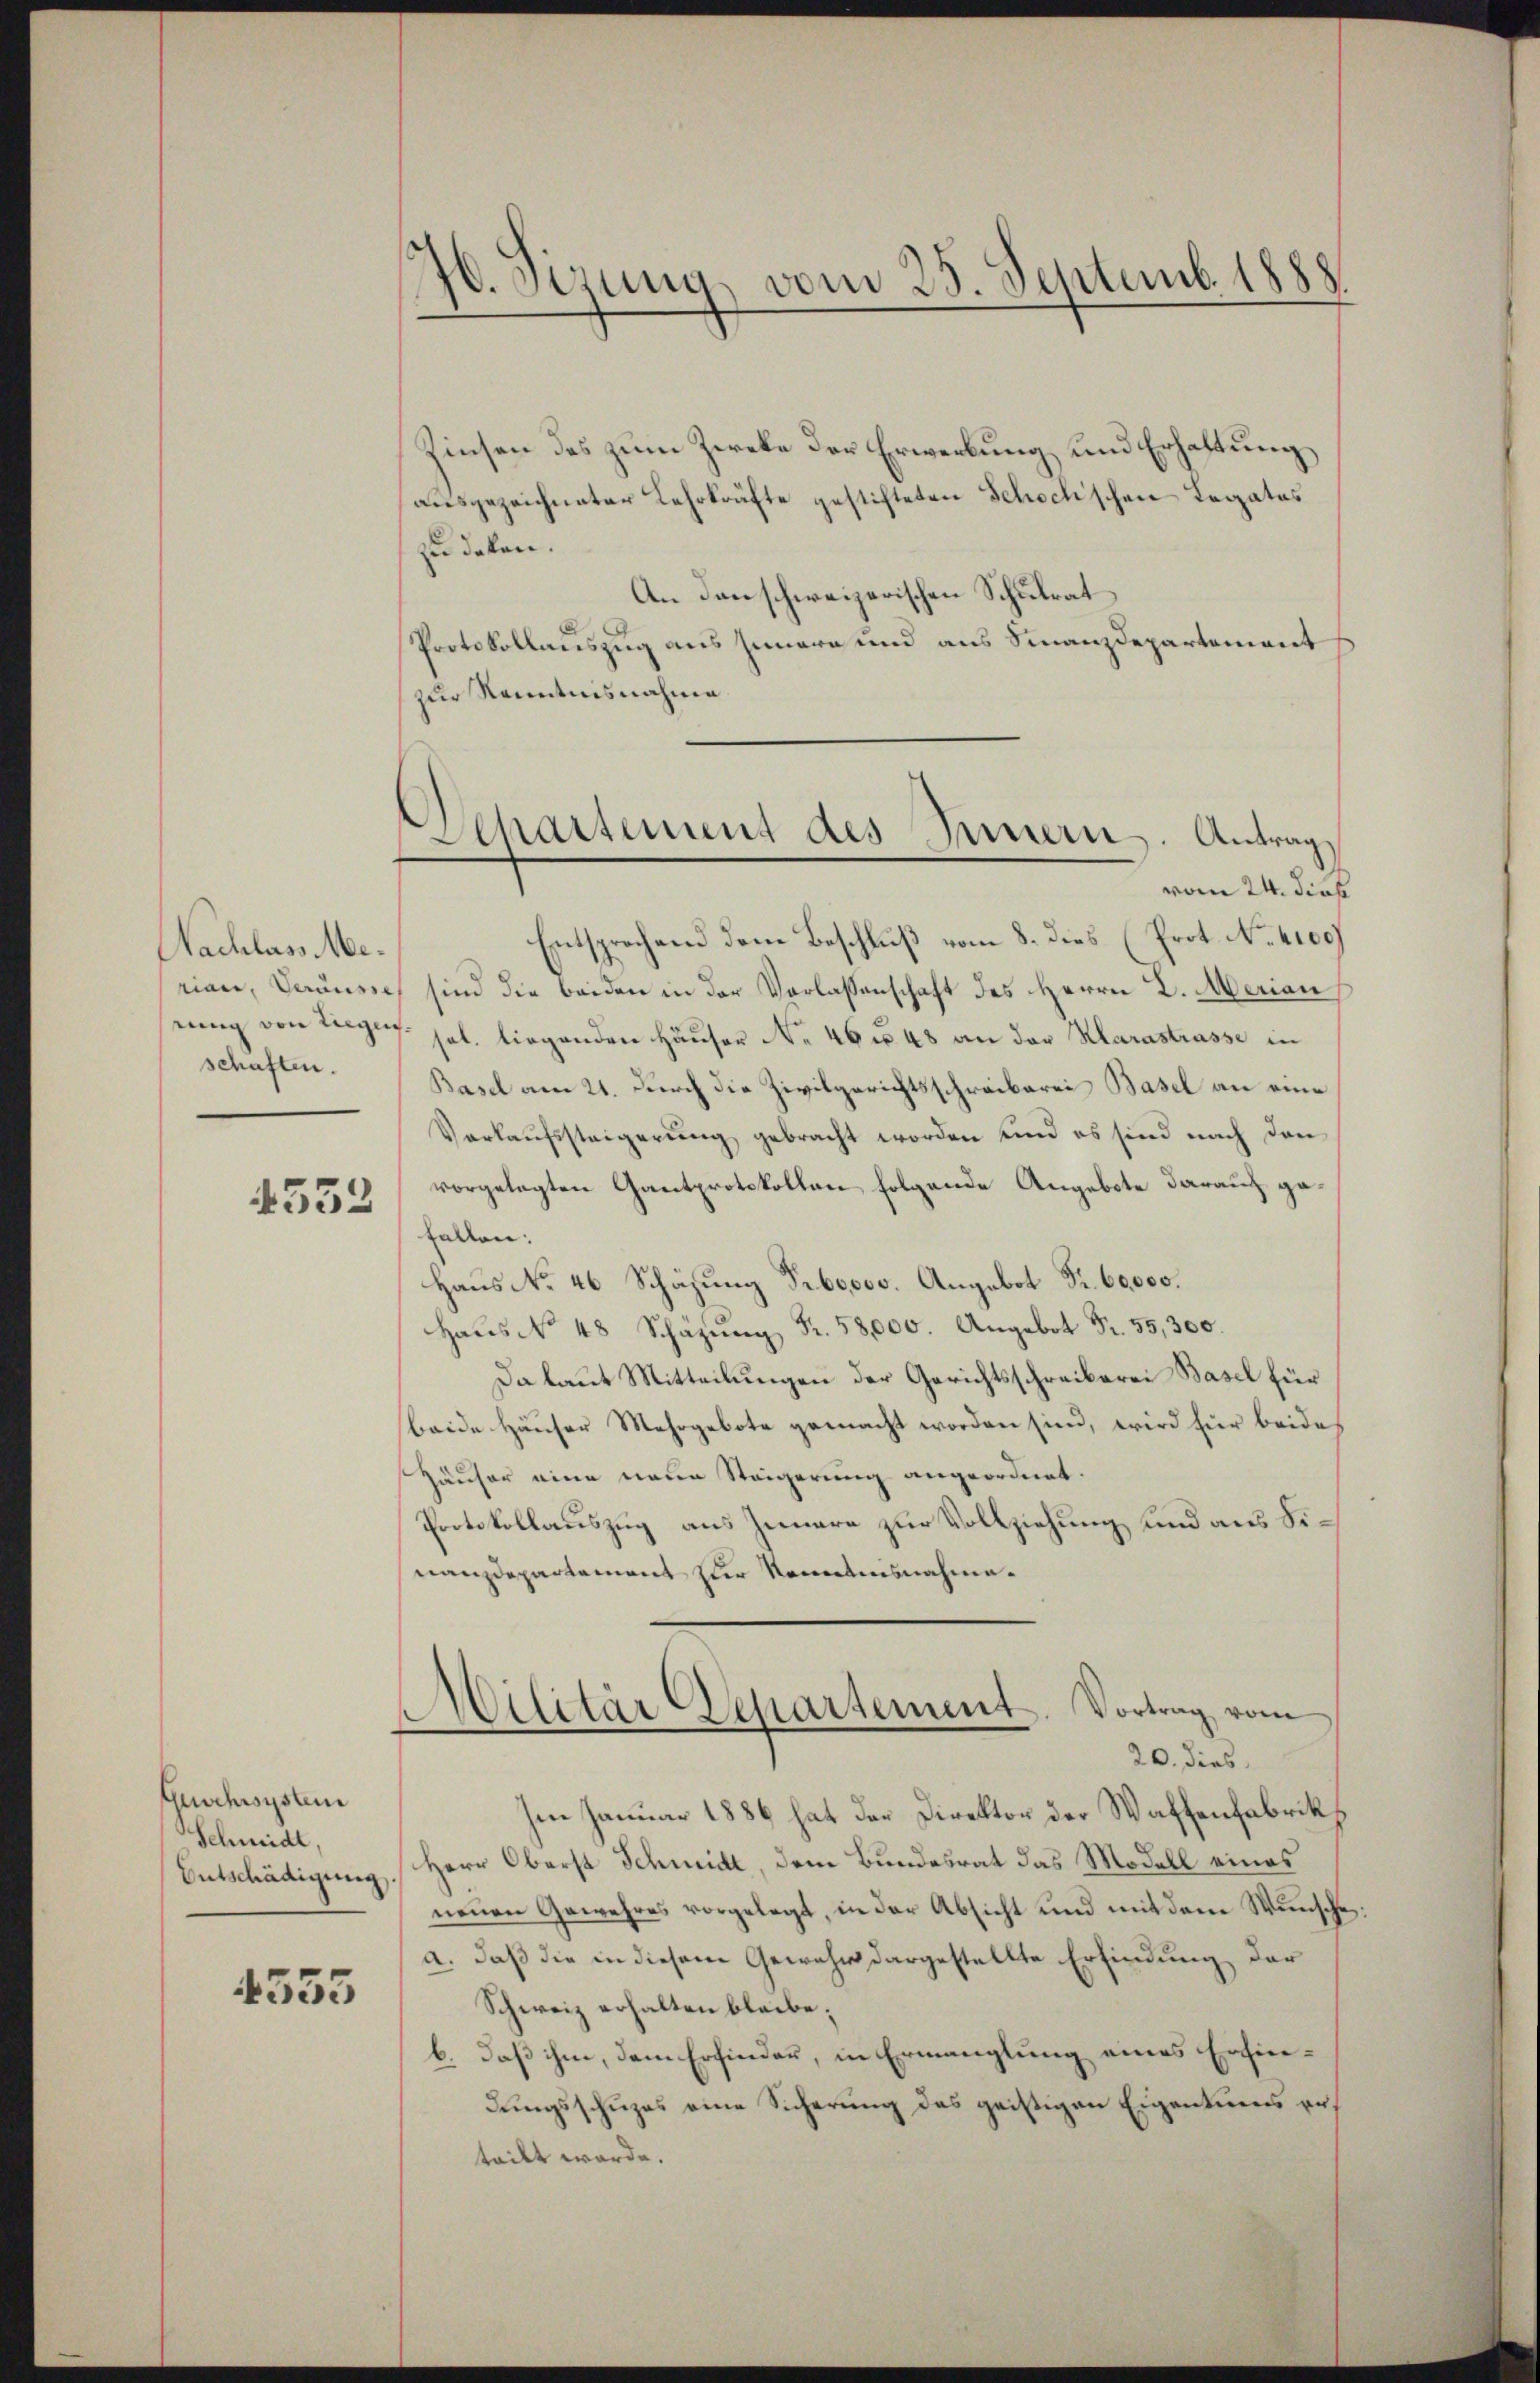
Nachlass Meschaften.

4533

Guchsystem
Schmidt,
Entschädigung

4555

76. Sizung, vom 25. Septemb. 1888

Zinsen des zum Zweke der Erwerbung und Erhaltung
ausgezeichneter Lehrkräfte gestifteten Schochischen Legates
zu daten.
An danschweizerischen Schulrat
Protokollauszug aus Innern und aus Finanzdepartement
zur Kenntnisnahme
Entsprechend den Beschluß vom 8. dies (Prot. No. 4100)
rian, Veräusse sind die beiden in der Verlassenschaft des Herrn L. Merian
seung von Kerzens sel. liegenden Häuser No 46 f 48 an der Marastrasse in
Basel am 21. Durch die Zivilgerichtsschreiberei Basel an eine
Verkaŭfssteigerung gebracht worden und es sind nach den
vorgelegten Gantprotokollen folgende Angebote darauf ga
fallen.
Haus No 46 Schäzung Propos. Angebot Fr. 60,000.
Haŭs N. 48 Schäzŭng Fr. 58,000. Angebot Fr. 55,300.
Da laut Mitteilungen der Gerichtsschreiberei Basel für
beide Häuser Mehrgebote gemacht worden sind, wird für beide
Häuser eine neue Steigerung angeordnet.
Protokollauszug aus Innere zur Vollziehung und aus Sinanzdepartement zur Kenntnisnahme¬
Militär Departement. Vortrag vom
20. dies
Im Januar 1886 hat der Direktor der Waffenfabrik
Herr Oberst Schmidt, dem Bundesrat das Modell eines
neuen Gewehres vorgelegt, in der Absicht und mit dem Wunsche
a. daß die in diesem Gewehr dargestellte Erfindung der
Schweiz erhalten bleibe;
b. daß ihm, dem Erfinder, in Ermanglung eines Erfindungsschuzes eine Sicherung des geistigen Eigentums ers
teilt werde.

epartement des Innern. Antrag,
vom 24. dieß